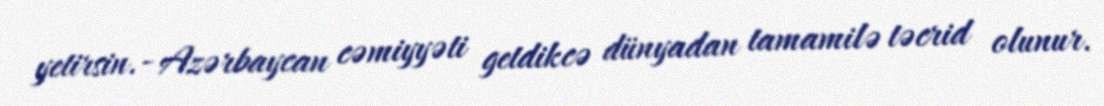
yetirsin.- Azərbaycan cəmiyyəti getdikcə dünyadan tamamilə təcrid olunur.